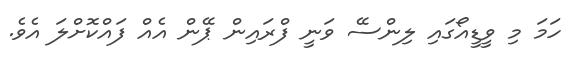
ހަމަ މި ވީޑީއޯގައި ލިންސޭ ވަނީ ފްރައިން ޕޭން އެއް ފައްކޮށްލަ އެވެ.